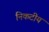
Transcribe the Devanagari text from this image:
निकटीय